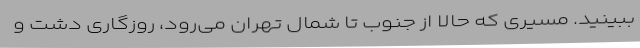
ببینید. مسیری که حالا از جنوب تا شمال تهران می‌رود، روزگاری دشت‌ و